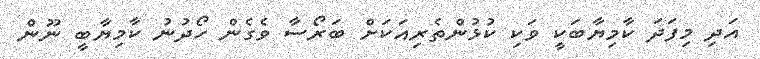
އަދި މިފަދަ ކާމިޔާބަކީ ވަކި ކުޅުންތެރިއަކަށް ބަރޯސާ ވެގެން ހޯދުނު ކާމިޔާބީ ނޫން